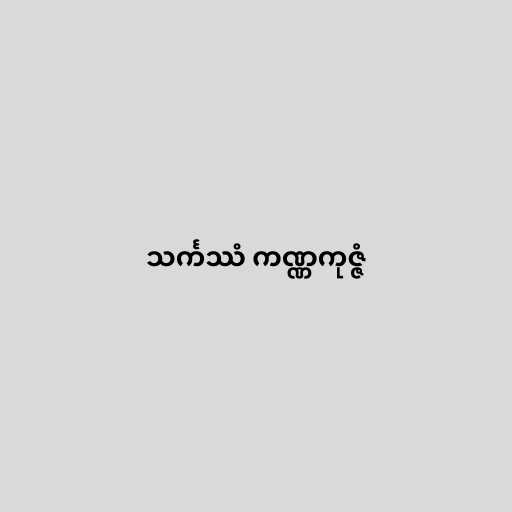
သင်္ကဿံ ကဏ္ဏကုဇ္ဇံ